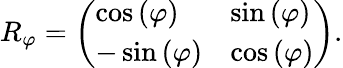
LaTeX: R_{\varphi}=\left(\begin{array}{ll}{\cos\left(\varphi\right)}&{\sin\left(\varphi\right)}\\ {-\sin\left(\varphi\right)}&{\cos\left(\varphi\right)}\end{array}\right).